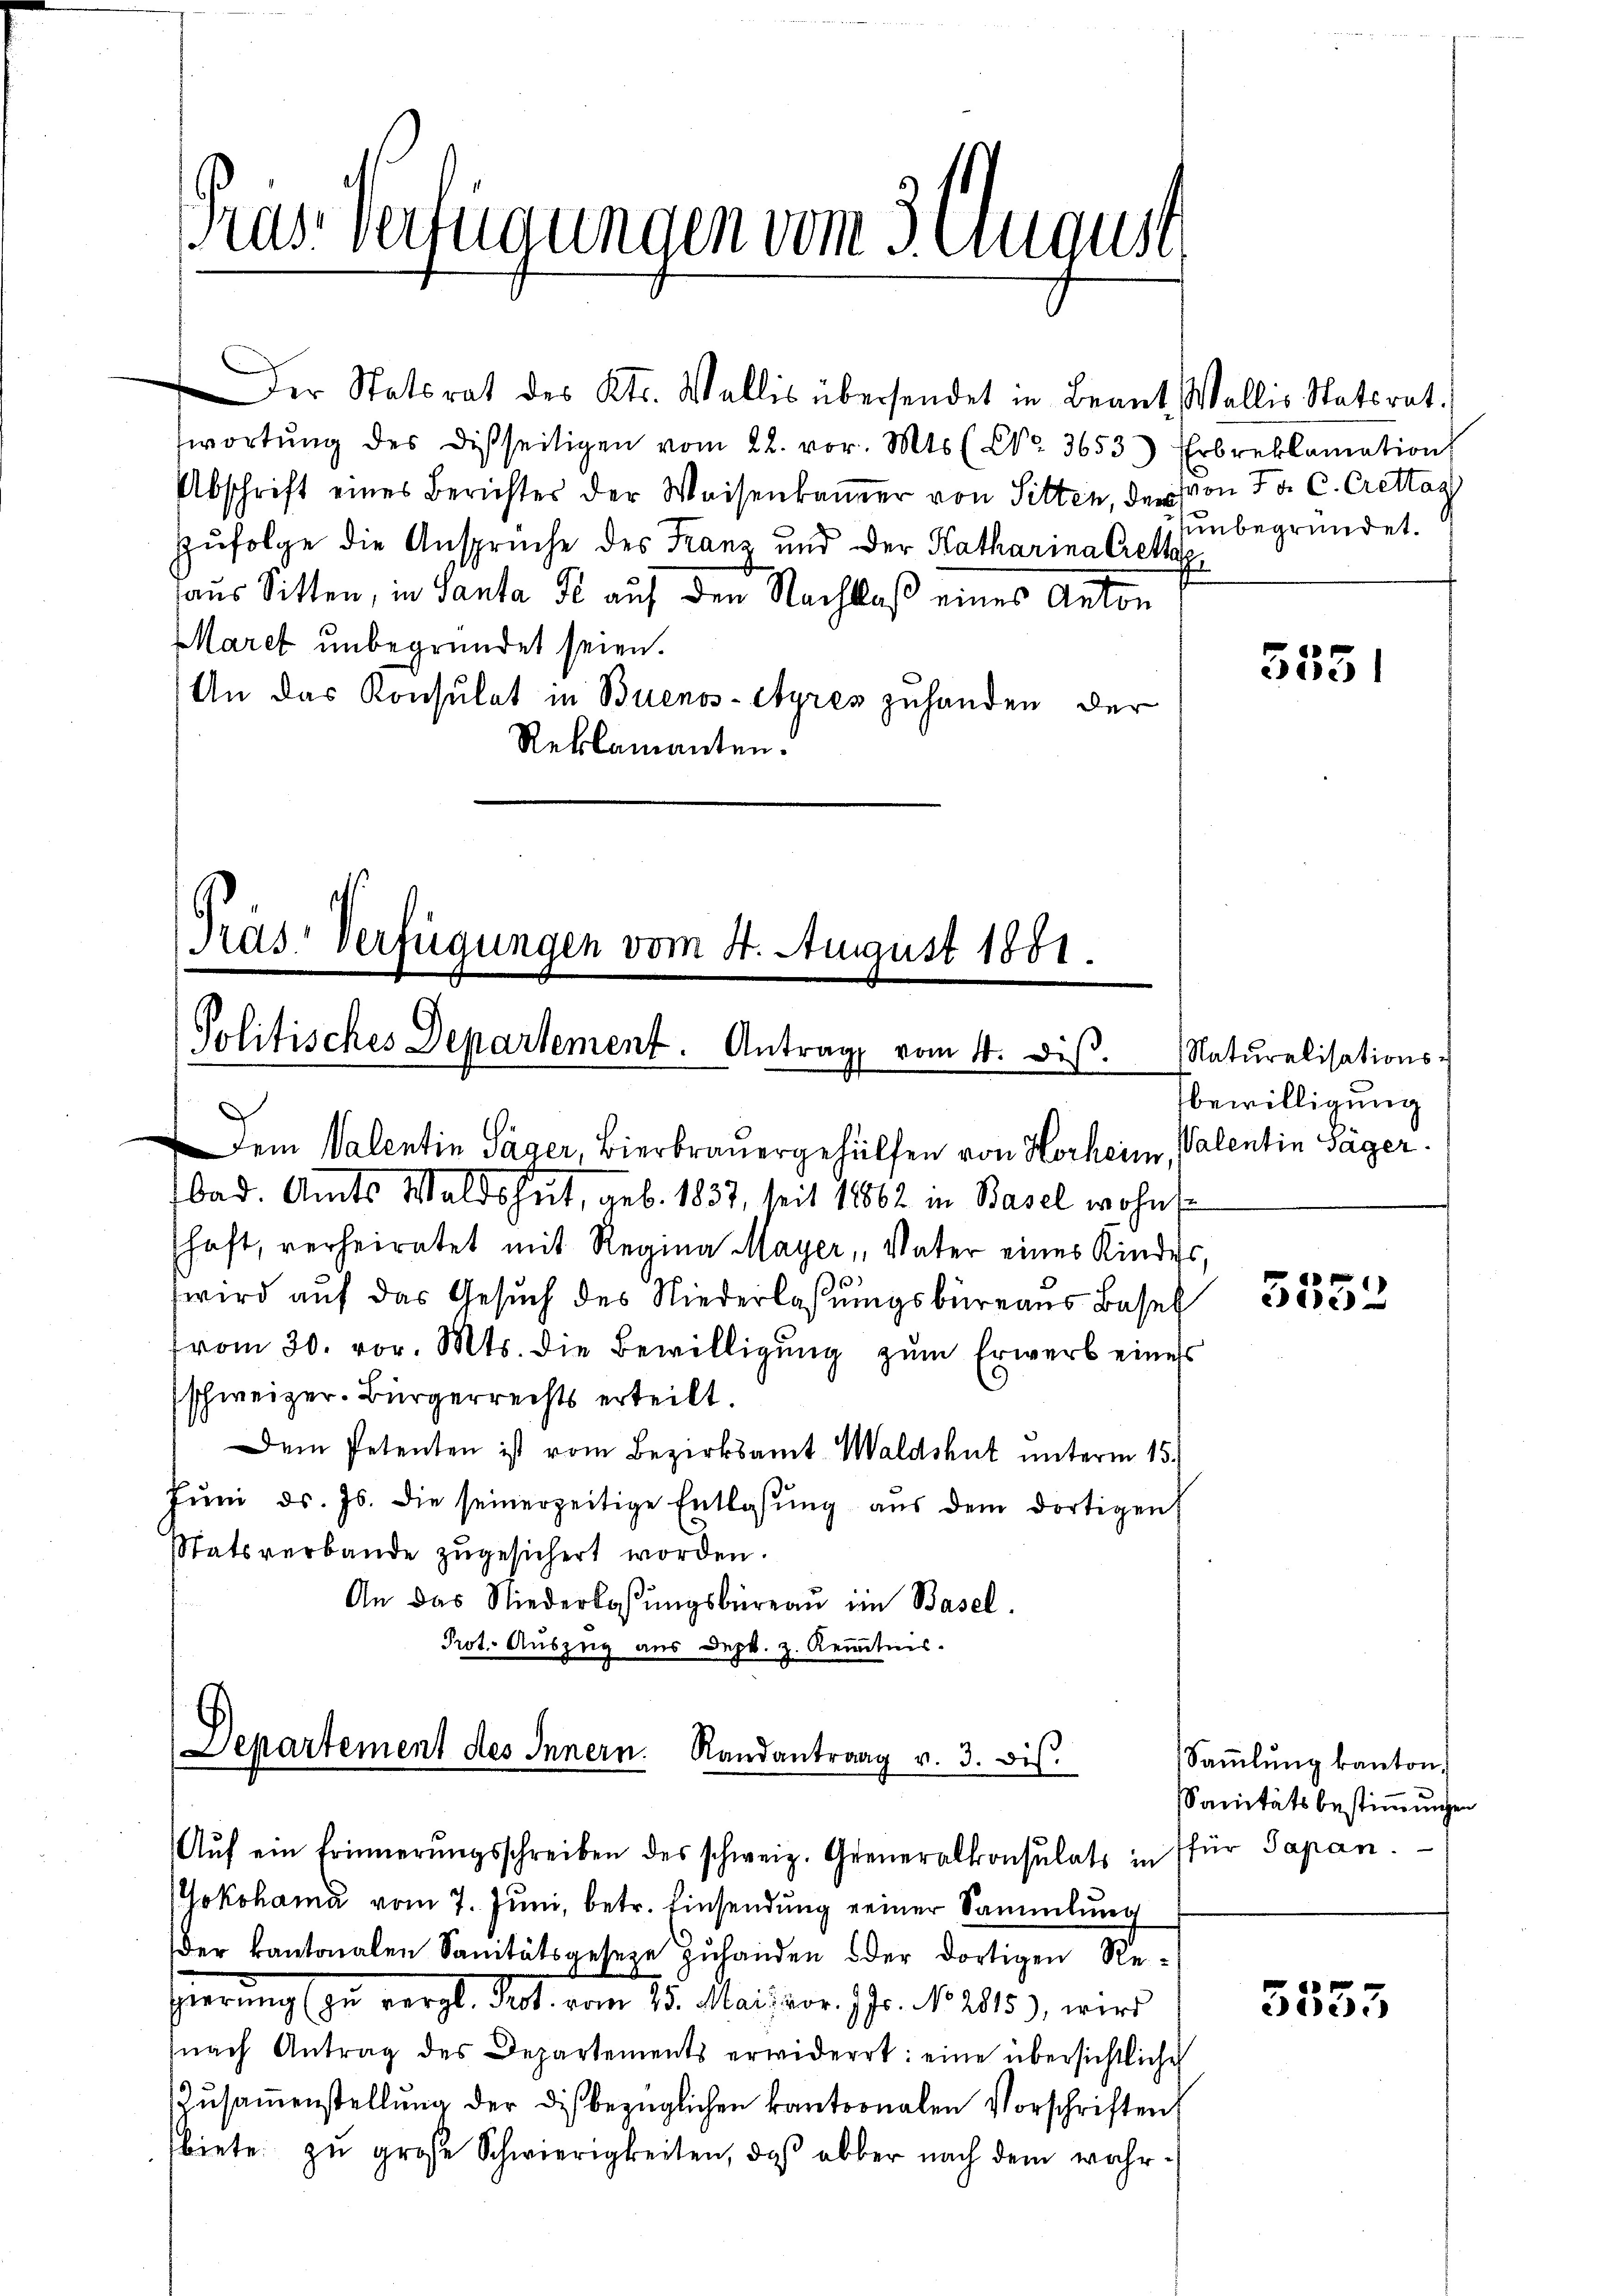
wortŭng des Disseitigen vom 22. vor. Mts. (Co. 3653) Erbreklamation
Abschrift eines Berichter der Waisenkamer von Sitten, der von Fr. C. Crettag
Zufolge die Ansprüche des Franz und der Katharina Crette
aus Sitten, in Santa se auf den Nachlaß eines Anton
Maret unbegründet seien.
An das Konsulat in Buenos-Ayres zuhanden der
Reklamanten.

as Verfügungen vom 3. August

Der Statsrat des Kts. Wallis übersendet in Beant. Wallis Statsrat.

em Valentin Säger, Bierbrauergehülfen von Horheim, Valentin Säger
bad. Amts Waldshut, geb. 1837, seit 18862 in Basel wohnt
schaft, verheiratet mit Regina Mayer, Vater eines Kindes,
wird auf das Gesuch des Niederlaßungsbureaus Basel
vom 30. vor. Mts. die Bewilligŭng zŭm Erwerb eines
schweizer. Bürgerrechts erteilt.
Dem Petenten ist vom Bezirksamt Waldshut unterm 15.
Jŭni d. Js. die seinerzeitige Entlassŭng aus dem dortigen
Statsverbande zugesichert worden.
An das Niederlassŭngsbüreaŭ im Basel.
Prot. Auszug aus Depk. z. Kenntnis.

Präs. Verfügungen vom 4. August 1851.
Politisches Departement. Antrag vom 4. diβ.
.

Departement des Innern. Randantrag v. 3. bis.
Aŭf ein Erinnerŭngsschreiben des schweiz. Generalkonsulats in für Papan.

unbegründet.
2

Yokohama vom 7. Juni, betr. Einsendung einer Sammlung
der kantonalen Sanitätsgeseze zuhanden oder dortigen Regierung zu vergl. Sept. vom 15. Mai vor 7 Fr. No 2015), wird
nach Antrag des Departements erwiderrt: eine übersichtliche
Zŭsaṁenstellŭng der dis bezüglichen kantonalen Vorschriften
biete zu große Schwierigkeiten, daß aber nach dem wahr-

3551

Naturalisations-
bewilligung

5552

Sammlung kanton.
Sanitätsbestimmungen

5553